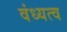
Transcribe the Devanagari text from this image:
वंध्यत्व